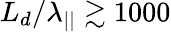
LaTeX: L_{d}/\lambda_{||}\gtrsim 1000